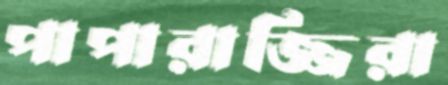
পাপারাজ্জিরা